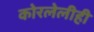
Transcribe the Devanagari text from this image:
कोरलेलीही